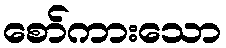
စော်ကားသော